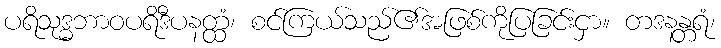
ပရိသုဒ္ဓဘာဝပရိဒီပနတ္ထံ၊ စင်ကြယ်သည်၏အဖြစ်ကိုပြခြင်းငှာ။ တဒနန္တရံ၊